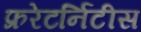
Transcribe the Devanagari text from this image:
फ्ररेटर्निटीस